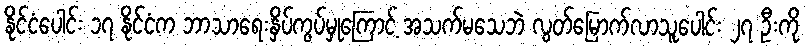
နိုင်ငံပေါင်း ၁၇ နိုင်ငံက ဘာသာရေးနှိပ်ကွပ်မှုကြောင့် အသက်မသေဘဲ လွတ်မြောက်လာသူပေါင်း ၂၇ ဦးကို